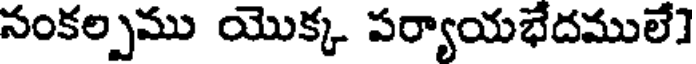
సంకల్పము యొక్క పర్యాయభేదములే]